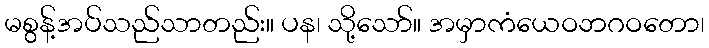
မစွန့်အပ်သည်သာတည်း။ ပန၊ သို့သော်။ အမှာကံယေဝဘဂဝတော၊